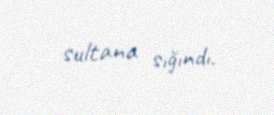
sultana sığındı.